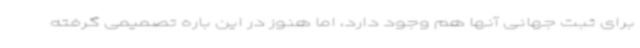
برای ثبت جهانی آنها هم وجود دارد، اما هنوز در این باره تصمیمی گرفته